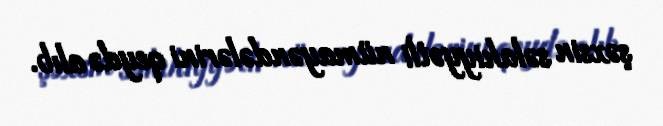
şəxsin səlahiyyətli nümayəndələrini qeydə alıb.